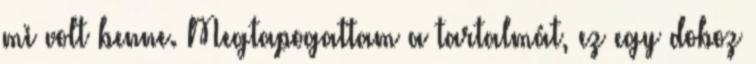
mi volt benne. Megtapogattam a tartalmát, ez egy doboz